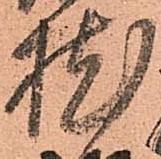
枕